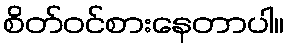
စိတ်ဝင်စားနေတာပါ။